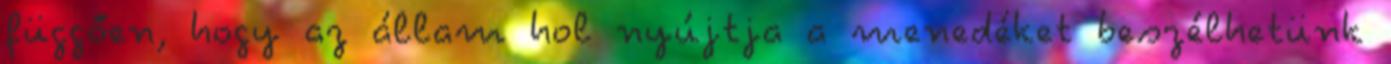
függően, hogy az állam hol nyújtja a menedéket beszélhetünk